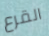
القرع